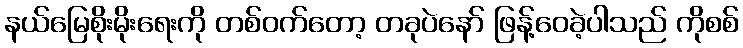
နယ်မြေစိုးမိုးရေးကို တစ်ဝက်တော့ တခုပဲနော် ဖြန့်ဝေခဲ့ပါသည် ကိုစစ်